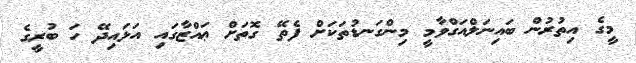
މީގެ އިތުރުން ބައިނަލްއަގްވާމީ މިންގަނޑުތަކަށް ފެތޭ ގޮތަށް ޢައްޒާގައި އަޅައިދޭ ހަ ބުރީގެ